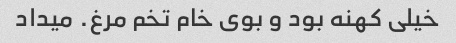
خیلی کهنه بود و بوی خام تخم مرغ. میداد